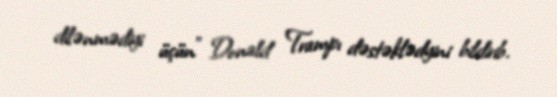
dilənmədiyi üçün” Donald Trampı dəstəklədyini bildirib.